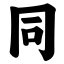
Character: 同